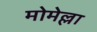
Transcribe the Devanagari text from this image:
मोमेल्ला